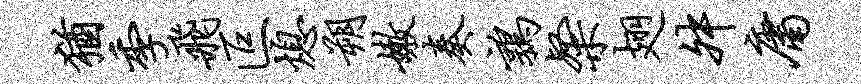
犹季飞叵熄朔嫩奏鹑粲翅舛庸